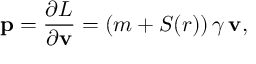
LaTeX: { \bf p } = { \frac { \partial L } { \partial { \bf v } } } = ( m + S ( r ) ) \, \gamma \, { \bf v } ,